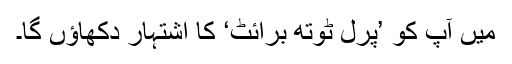
میں آپ کو ’پرل ٹوتھ برائٹ‘ کا اشتہار دکھاؤں گا۔